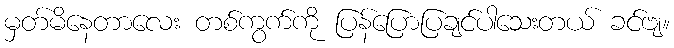
မှတ်မိနေတာလေး တစ်ကွက်ကို ပြန်ပြောပြချင်ပါသေးတယ် ခင်ဗျ။